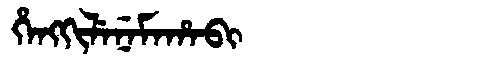
Manchu: ᡥᡝᠩᡴᡳᠯᡝᠨᡝᠮᠠᡥᠠᠪᡳ
Romanization: HENGKILENEMAHABI